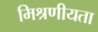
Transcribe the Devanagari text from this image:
मिश्रणीयता